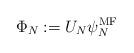
LaTeX: \begin{align*} \Phi_N:=U_N\psi_N^{\operatorname{MF}}\end{align*}